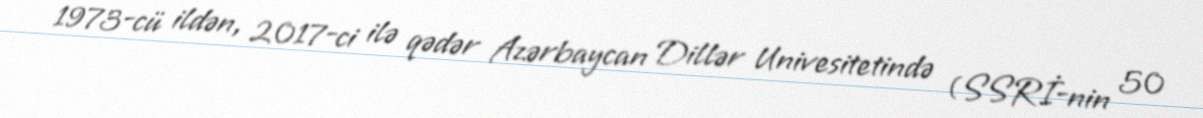
1973-cü ildən, 2017-ci ilə qədər Azərbaycan Dillər Univesitetində (SSRİ-nin 50